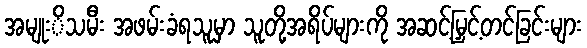
အမျုးိသမီး အဖမ်းခံရသူမှာ သူတို့အရိပ်များကို အဆင့်မြှင့်တင်ခြင်းများ